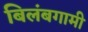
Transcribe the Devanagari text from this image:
बिलंबगामी